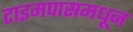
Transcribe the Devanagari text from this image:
टाइमपासमधून